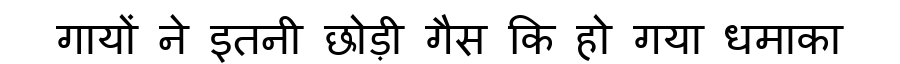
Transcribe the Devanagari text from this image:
गायों ने इतनी छोड़ी गैस कि हो गया धमाका